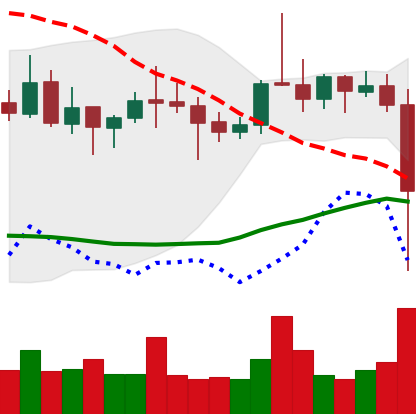
Ticker: ETC-USD
Chart end date: 2021-10-27
Forward return: 10.356%
Label: up_7plus